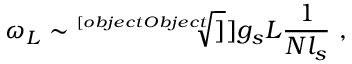
\omega _ { L } \sim \sqrt [ [object Object] ] ] { g _ { s } L } { \frac { 1 } { N l _ { s } } } ~ ,